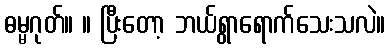
ဓမ္မဂုတ်။ ။ ပြီးတော့ ဘယ်ရွာရောက်သေးသလဲ။